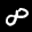
Label: 8